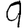
Digit: 9